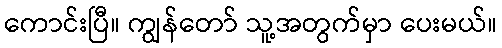
ကောင်းပြီ။ ကျွန်တော် သူ့အတွက်မှာ ပေးမယ်။